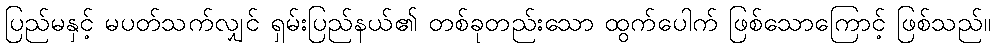
ပြည်မနှင့် မပတ်သက်လျှင် ရှမ်းပြည်နယ်၏ တစ်ခုတည်းသော ထွက်ပေါက် ဖြစ်သောကြောင့် ဖြစ်သည်။